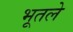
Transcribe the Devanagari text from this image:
भूतले